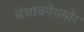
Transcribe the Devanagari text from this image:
संभावनेसमोर